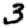
Digit: 3